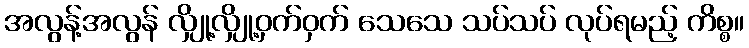
အလွန့်အလွန် လျှို့လျှို့ဝှက်ဝှက် သေသေ သပ်သပ် လုပ်ရမည့် ကိစ္စ။